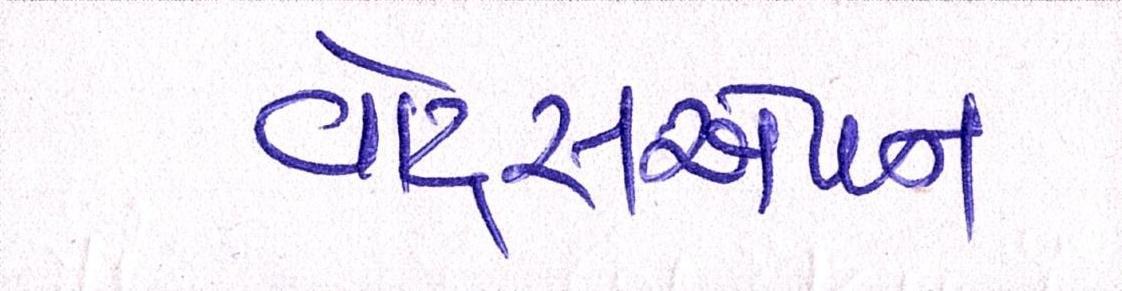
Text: વૉટ્સએપને